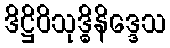
ဒိဋ္ဌိဝိသုဒ္ဓိနိဒ္ဒေသ